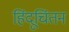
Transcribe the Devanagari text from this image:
हिंदूचिंतन